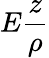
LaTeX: E{\frac{z}{\rho}}